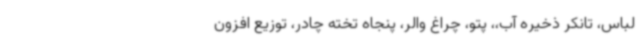
لباس، تانکر ذخیره آب،، پتو، چراغ والر، پنجاه تخته چادر، توزیع افزون